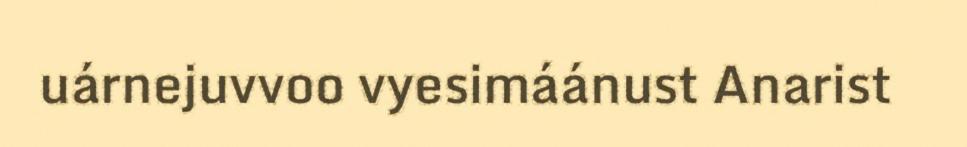
uárnejuvvoo vyesimáánust Anarist